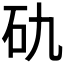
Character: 𥐜